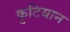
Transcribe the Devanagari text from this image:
कुटियान